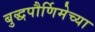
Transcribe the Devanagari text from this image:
बुद्धपौर्णिमेच्या